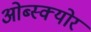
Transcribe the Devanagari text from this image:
ओब्स्क्योर